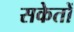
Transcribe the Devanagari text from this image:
सकेतों